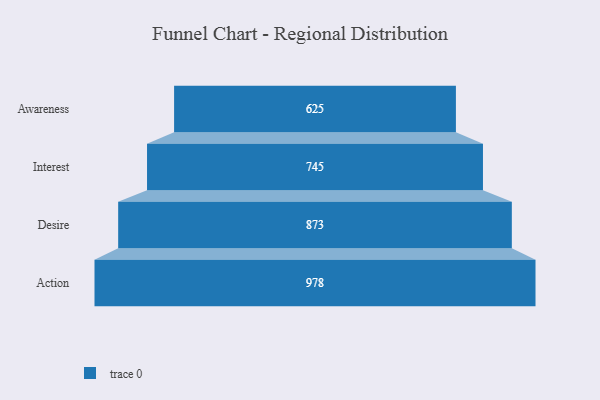
{"axis": {"x": "Stage", "y": "Value"}, "legend": [""], "data": [{"x": "Awareness", "y": 625.0, "type": ""}, {"x": "Interest", "y": 745.0, "type": ""}, {"x": "Desire", "y": 873.0, "type": ""}, {"x": "Action", "y": 978.0, "type": ""}]}